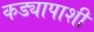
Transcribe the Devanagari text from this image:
कड्यापाशी